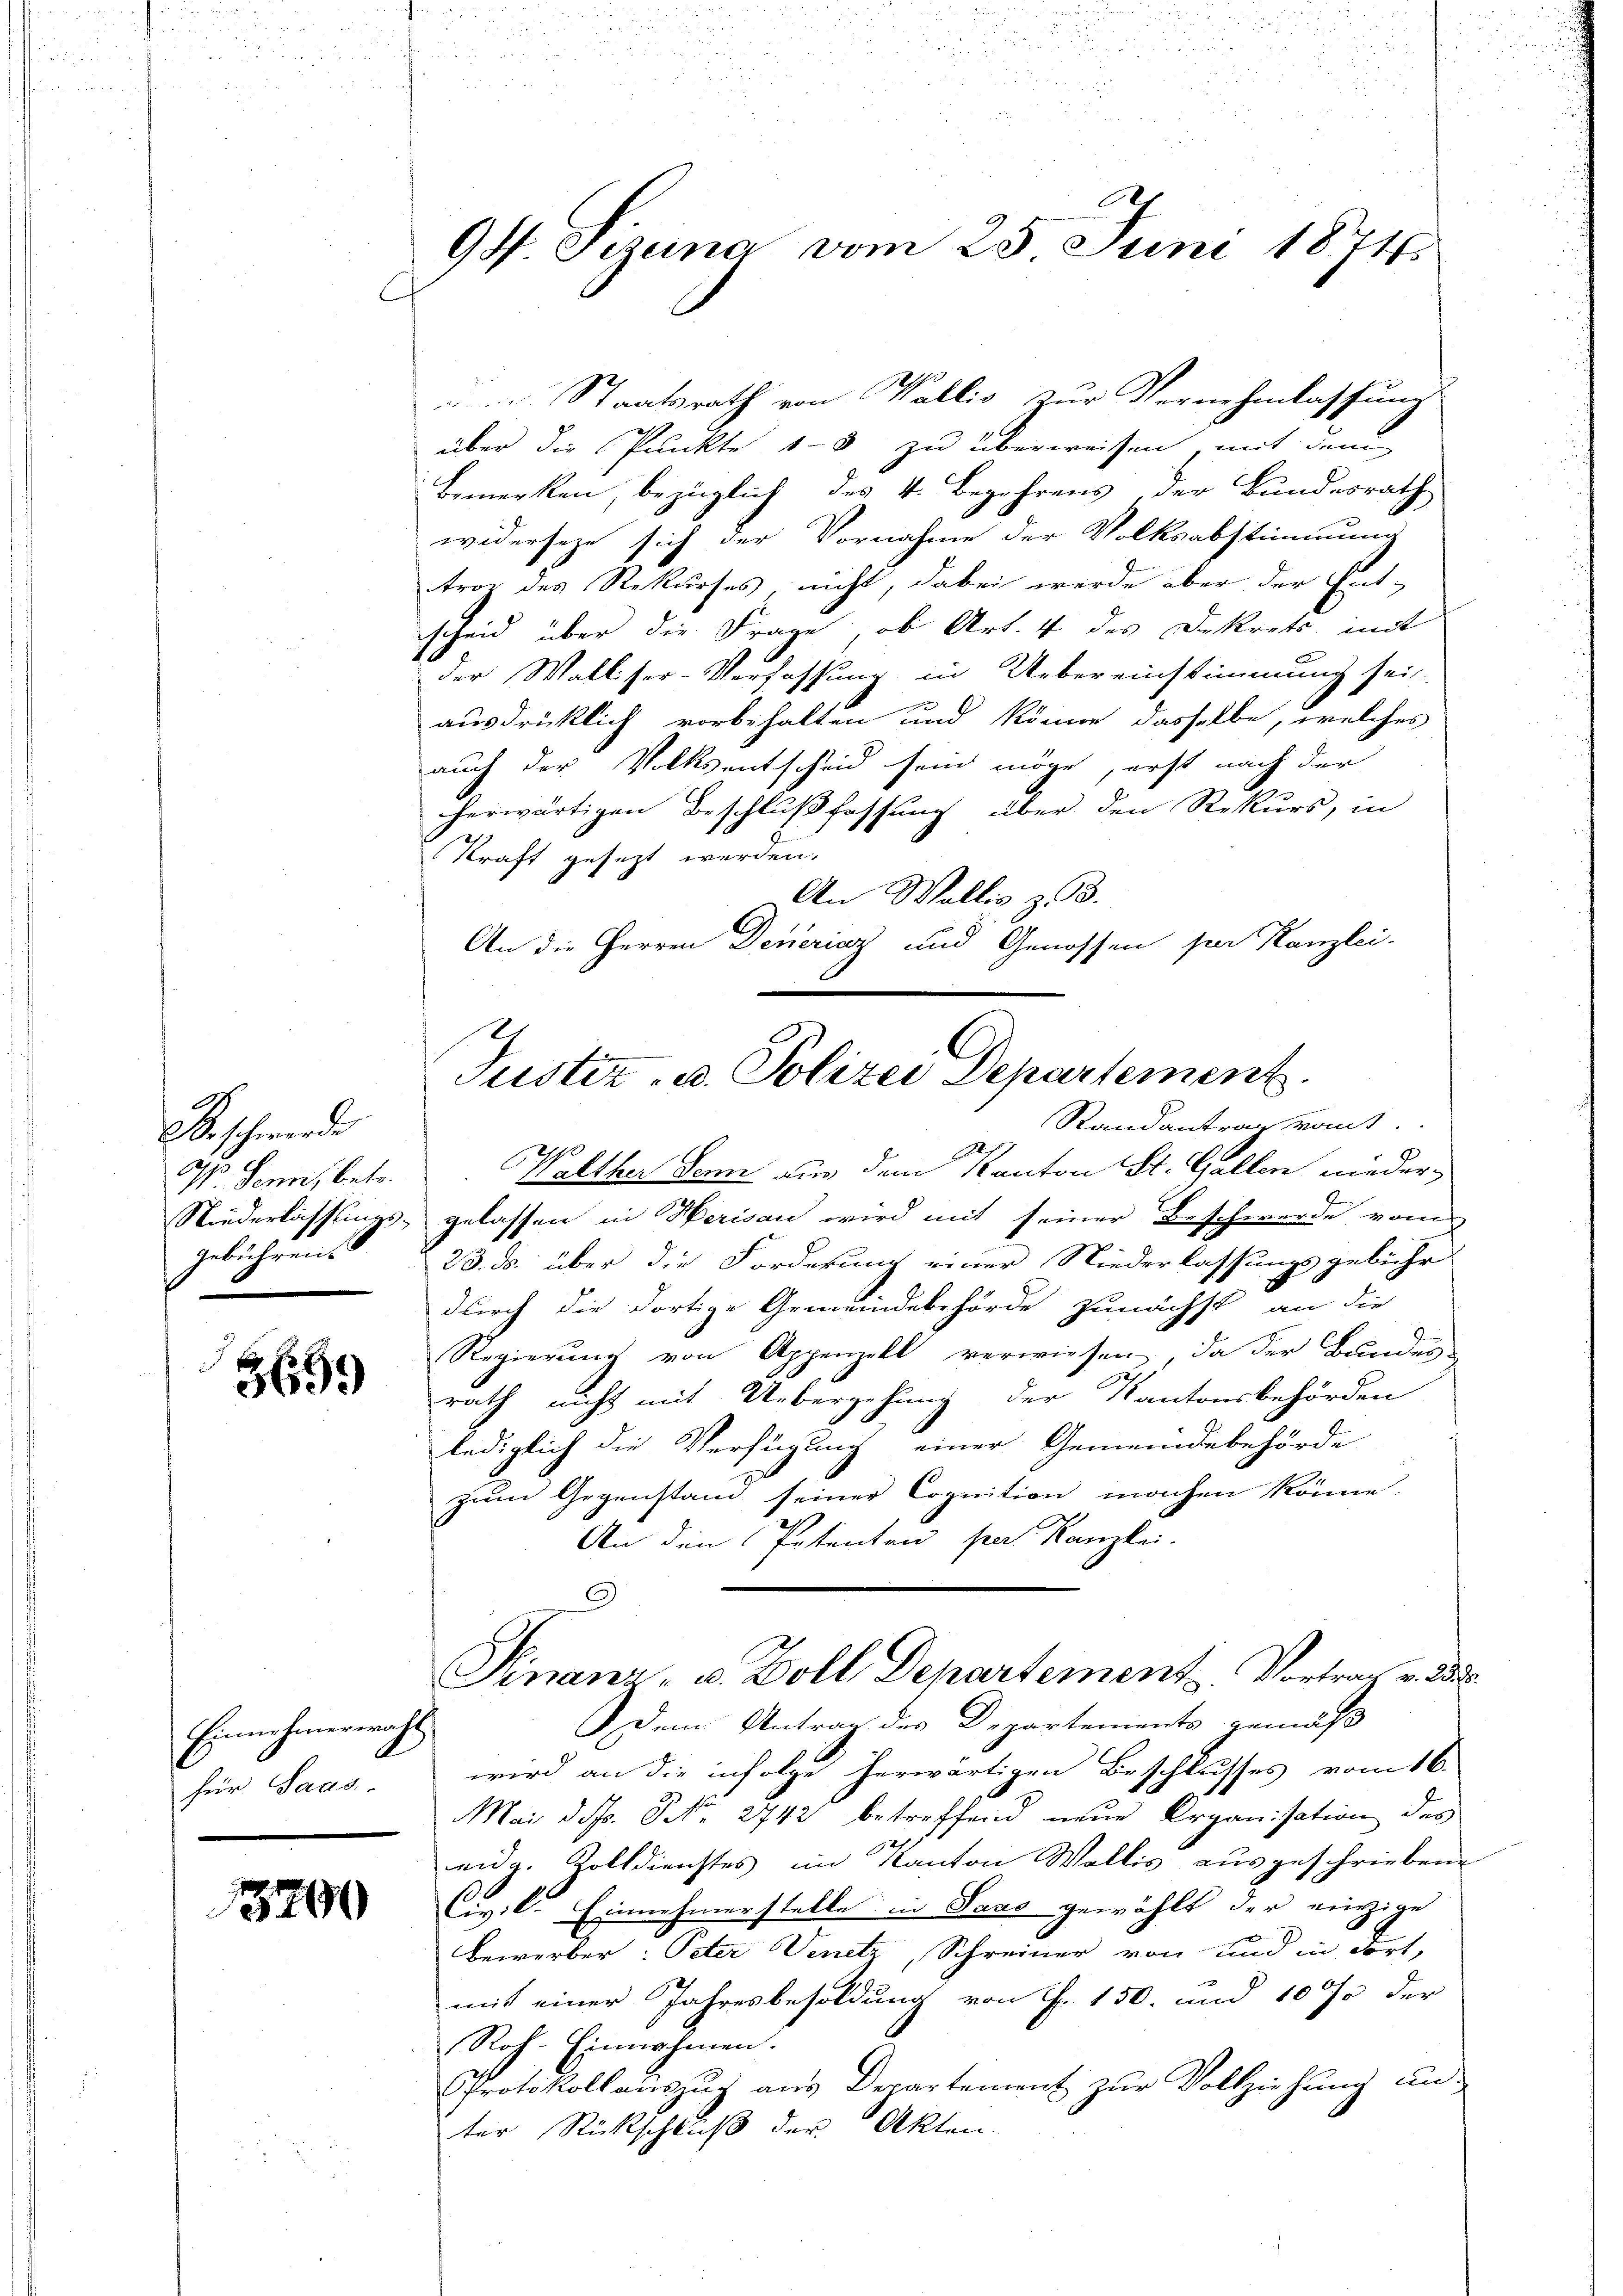
u

B. schwerde
I. Senn, betr.
gebührens

3699

Einnehmerwahl
für Saus

3200

.
94 Sizung vom 25 Juni 1874

Staatsrath von Wallis zur Vernehmlassung
über die Punkte 13 zu überweisen, mit dem
Bemerken, bezüglich des 4. Begehrens der Bundesrath
widerseze sich der Vornahme der Volksabstimmung
trog des Rekurses, nicht, dabei werde aber der Ent-
scheid über die Frage, ob Art. 4 des Dekrets mit
der Walliser-Verfassung in Uebereinstimmung sei
ausdrücklich vorbehalten und könne dasselbe, welches
auch der Volksentscheid sein möge, erst nach der
herwärtigen Beschlußfassung über den Rekurs, in
Kraft gesezt werden.
An Wallis z. 3.
An die Herren Denerisz und Genossen par Kanzlei-
Randantrag kant.
Walther denn aus dem Kanton St. Gallen nieder-
Niederlassungs- gelassen in Herisau wird mit seiner Beschwerde vom
23. ds. über die Forderung einer Niederlassungsgebühr
durch die dortige Gemeindebehörde zunächst an die
Regierung von Appenzell verwiesen, da der Bundes
rath nicht mit Uebergehung der Kantonsbehörden
lediglich die Verfügung einer Gemeindebehörde
zum Gegenstand seiner Cognition machen könne.
An den Petenten sei Kanzlei.
Finanz- u. Zoll Departement. Vortrag v. a.
. Dem Antrag des Departements gemäß
wird an die infolge herwärtigen Beschlusses vom 16.
Mai d. d. NNo. 2742 betreffend neue Organisation des
eidg. Volldienstes im Kanton Wallis ausgeschriebene
Civile Einnahmerstelle in Saus gewählt der einzige
Bewerber: Peter Venetz, Schreiner von und in dort,
mit einer Jahresbesoldung von Fr. 150. und 10 % der
Roh-Einnahmen.
Protokollauszug aus Departement zur Vollziehung un-
ter Rückschluß der Akten.

2
Justiz- u. Polizei Departement.